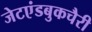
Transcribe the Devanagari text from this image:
जेटएंडबुकचैरी